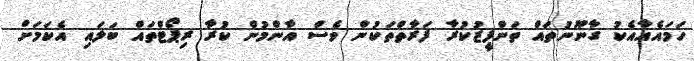
ހަމައެއާއެކު ގާނޫނުތައް ތަންފީޒުކުރާ ފަރާތްތަކުން ވެސް އާންމުން ކުރާ ރިޕޯޓްތައް ބަލައި އެކަމަށް